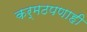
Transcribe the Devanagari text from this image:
कर्मठपणाही